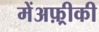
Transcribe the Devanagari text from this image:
मेंअफ़्रीकी